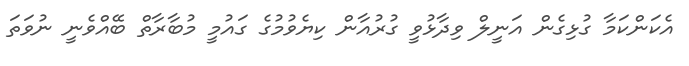
އެކަންކަމާ ގުޅިގެން އަނީލް ވިދާޅުވީ ގުރުއާން ކިޔެވުމުގެ ގައުމީ މުބާރާތް ބޭއްވެނީ ނުވަތަ